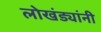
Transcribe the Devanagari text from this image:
लोखंड्यांनी